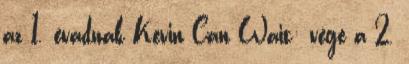
az 1. évadnak Kevin Can Wait: vége a 2.